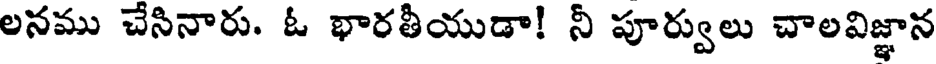
లనము చేసినారు. ఓ భారతీయుడా! నీ పూర్వులు చాలవిజ్ఞాన